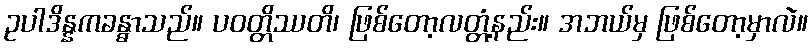
ဥပါဒိန္နကခန္ဓာသည်။ ပဝတ္တိဿတိ၊ ဖြစ်တော့လတ္တံ့နည်း။ အဘယ်မှ ဖြစ်တော့မှာလဲ။